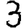
Digit: 3